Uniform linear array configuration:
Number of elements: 4
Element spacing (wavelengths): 1
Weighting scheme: exponential
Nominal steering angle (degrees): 60
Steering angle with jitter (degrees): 59.491
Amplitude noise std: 0.05
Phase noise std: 0.05

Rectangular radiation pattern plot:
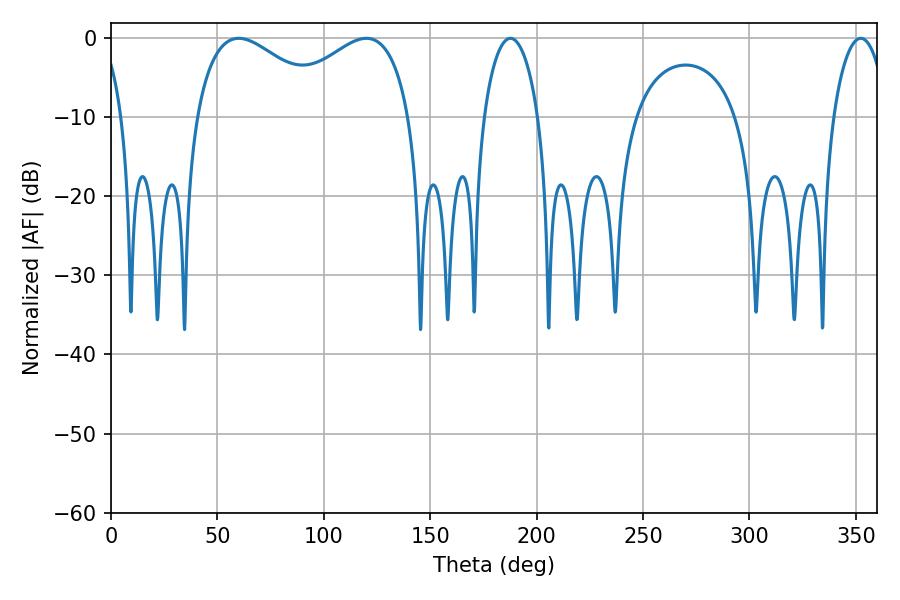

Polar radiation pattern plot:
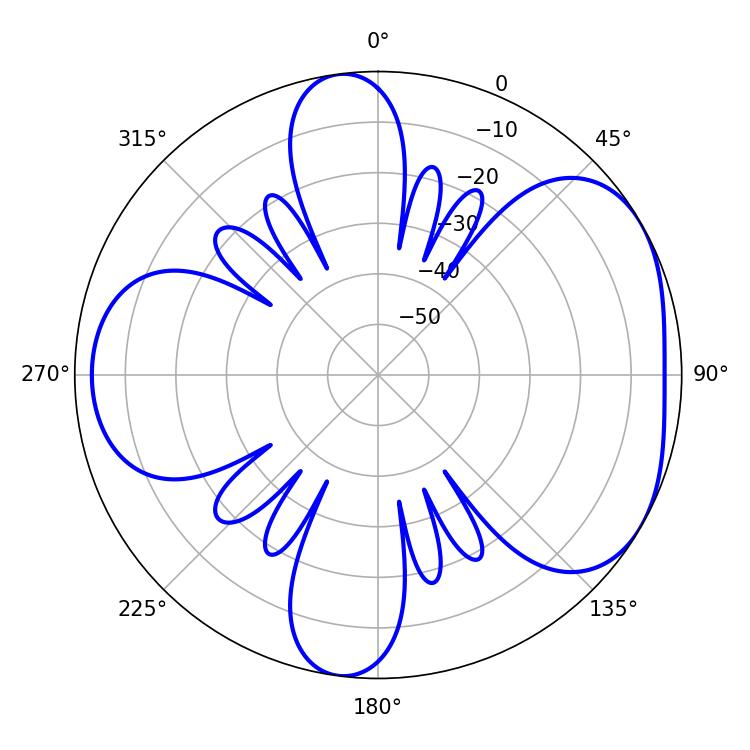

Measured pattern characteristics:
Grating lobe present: TRUE
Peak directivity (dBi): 4.642
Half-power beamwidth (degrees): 35.46
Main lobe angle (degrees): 59.94